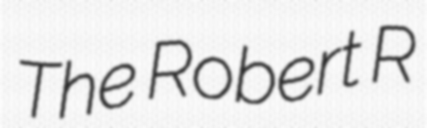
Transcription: The Robert R